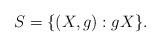
LaTeX: \begin{align*}S = \{(X, g) : g X\}.\end{align*}